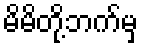
မိမိတို့ဘက်မှ